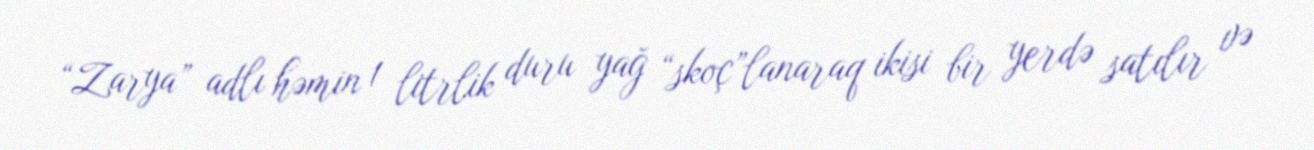
“Zarya” adlı həmin 1 litrlik duru yağ “skoç”lanaraq ikisi bir yerdə satılır və